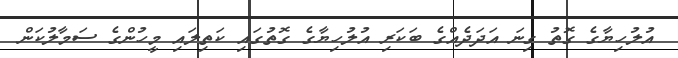
އުލުހިޔާގެ ގޮތު ގިނަ އަދަދެއްގެ ބަކަރި އުލުހިޔާގެ ގޮތުގައި ކަތިލައި މީހުންގެ ސަމާލުކަން